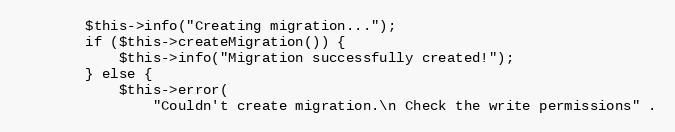
Language: PHP
        $this->info("Creating migration...");
        if ($this->createMigration()) {
            $this->info("Migration successfully created!");
        } else {
            $this->error(
                "Couldn't create migration.\n Check the write permissions" .